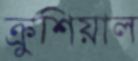
ক্রুশিয়াল